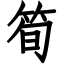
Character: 筍